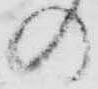
の